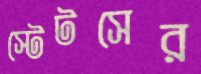
স্টেটসের